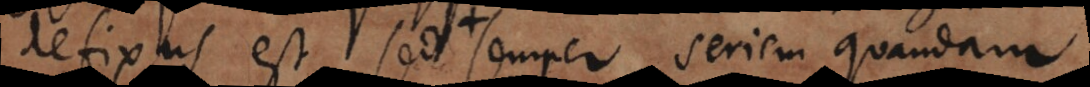
defixus est, sed semper seriem quandam